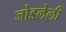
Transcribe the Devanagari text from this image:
जोडलेलीं